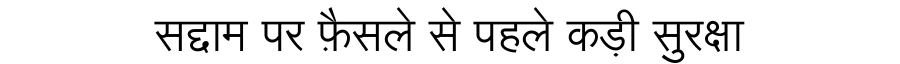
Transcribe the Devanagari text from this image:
सद्दाम पर फ़ैसले से पहले कड़ी सुरक्षा